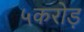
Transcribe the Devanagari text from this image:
५करोड़